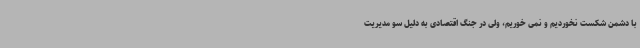
با دشمن شکست نخوردیم و نمی خوریم، ولی در جنگ اقتصادی به دلیل سو مدیریت